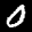
Label: 0